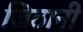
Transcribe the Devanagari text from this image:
जिठानी